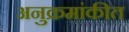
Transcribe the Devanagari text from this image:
अनुक्रमांकीत